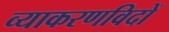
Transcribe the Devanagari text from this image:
व्याकरणविदों